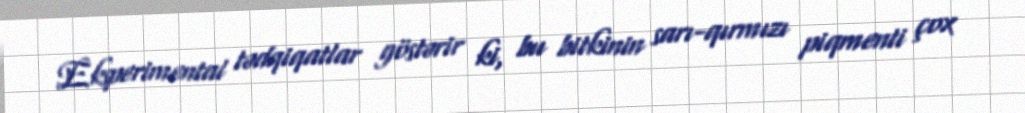
Eksperimental tədqiqatlar göstərir ki, bu bitkinin sarı-qırmızı piqmenti çox